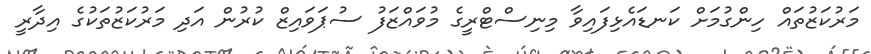
މަރުކަޒުތައް ހިންގުމަށް ކަނޑައެޅިފައިވާ މިނިސްޓްރީގެ މުވައްޒަފު ސުޕަވައިޒް ކުރުން އަދި މަރުކަޒުތަކުގެ އިދާރީ